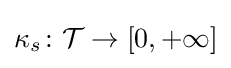
\kappa _{s}\colon {\mathcal {T}}\to [0,+\infty ]